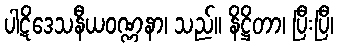
ပါဋိဒေသနီယဝဏ္ဏနာ၊ သည်။ နိဋ္ဌိတာ၊ ပြီးပြီ၊